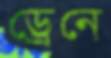
ড্রেনে